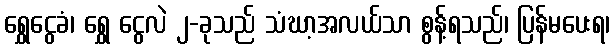
ရွှေငွေခံ၊ ရွှေ ငွေလဲ ၂-ခုသည် သံဃာ့အလယ်သာ စွန့်ရသည်၊ ပြန်မပေးရ၊